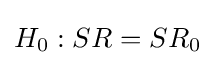
H_{0}:SR=SR_{0}